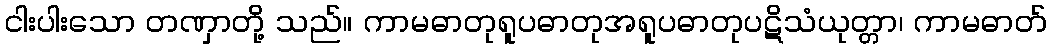
ငါးပါးသော တဏှာတို့ သည်။ ကာမဓာတုရူပဓာတုအရူပဓာတုပဋိသံယုတ္တာ၊ ကာမဓာတ်